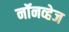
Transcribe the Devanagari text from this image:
नॉनव्हेज